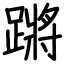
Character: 蹡